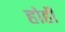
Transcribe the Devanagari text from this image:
होही